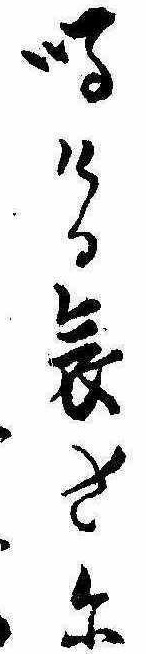
鳴ける哀さに